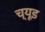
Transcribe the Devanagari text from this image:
च्यूड